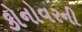
કોનોવરની